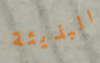
البذيئة